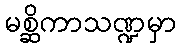
မစ္ဆိကာသဏ္ဍမှာ